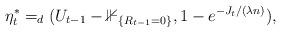
LaTeX: \begin{align*}\eta^*_t=_d(U_{t-1}-\mathbb{1}_{\{R_{t-1}=0\}}, 1-e^{-J_t/(\lambda n)}),\end{align*}